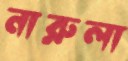
নারুলা